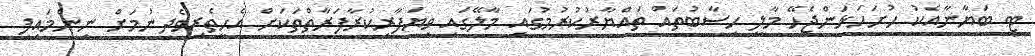
ޓީ ބަޔާނާއެކު ހުށަހަޅަންޖެހޭ މާލީ ހިސާބުތައް ތައްޔާރުކުރުމުގައި މާލޭގައި ވިޔަފާރިކުރާފަރާތްތަކަށް އެހީތެރިވެދިނުމަށް ނިންމައިފި